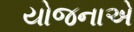
યોજનાએ